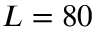
L = 8 0